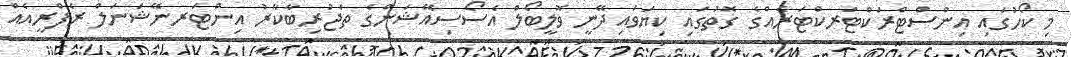
މި ކޯހުގައި އިންސްޓްރަކްޓަރކްޓަރެއްގެ ގޮތުގައި ކިޔަވައިދޭނީ ވޮލީބޯލް އެސޯސިއޭޝަންގެ ތަޖުރިބާކާރު އިންޓަރނޭޝަނަލް ރެފްރީއެއް